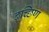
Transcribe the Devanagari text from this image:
दच्छिण